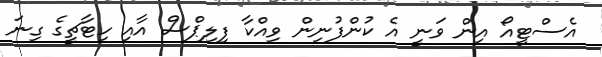
އެސްޓީއޯ އިން ވަނީ އެ ކުންފުނިން ވިއްކާ ފިލިޕްސް އާއި ހިޓާޗީގެ ގިނަ